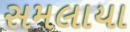
સમલાયા